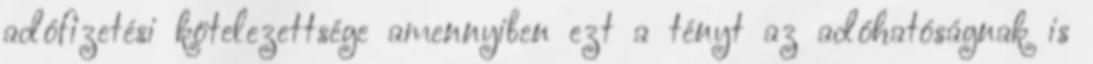
adófizetési kötelezettsége amennyiben ezt a tényt az adóhatóságnak is